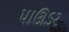
પાઊડર